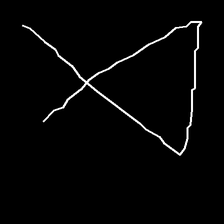
Glyph: collection